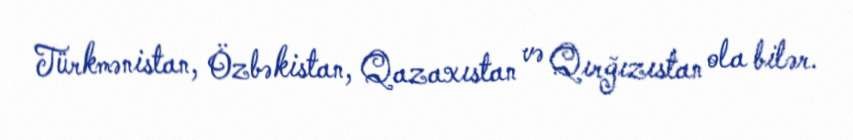
Türkmənistan, Özbəkistan, Qazaxıstan və Qırğızıstan ola bilər.